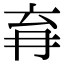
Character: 𭁩